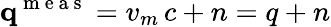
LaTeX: \mathbf q^{\mathrm{~m~e~a~s~}}=v_{m}\, c+n=q+n